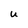
Character: U